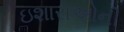
ઇશારાઓની